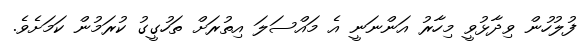
ފުލުހުން ވިދާޅުވީ މިހާރު އަންނަނީ އެ މައްސަލަ އިތުރަށް ތަހުގީގު ކުރަމުން ކަމަށެވެ.